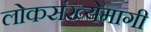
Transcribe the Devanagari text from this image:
लोकसंख्येमागी